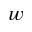
w